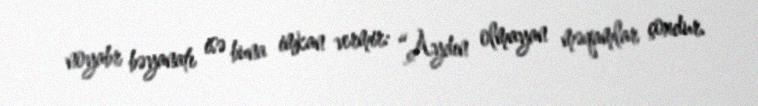
noyabr bəyanatı isə buna imkan vermir: “Aydın olmayan məqamlar çoxdur.